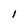
Character: 1